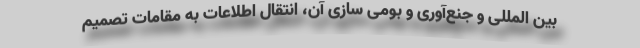
بین المللی و جنع‌آوری و بومی سازی آن، انتقال اطلاعات به مقامات تصمیم